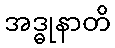
အဒ္ဓုနာတိ